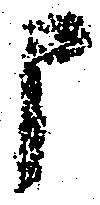
申